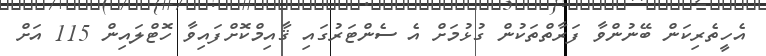
އެހީތެރިކަން ބޭނުންވާ ފަރާތްތަކުން ގުޅުމަށް އެ ސެންޓަރުގައި ޤާއިމްކޮށްފައިވާ ހޮޓްލައިން 115 އަށް